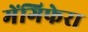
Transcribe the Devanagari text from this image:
मेंगिफेरा